Civil Veterinary Dept. Assam report 1911-1927 - 1911-1927
Year: 1911
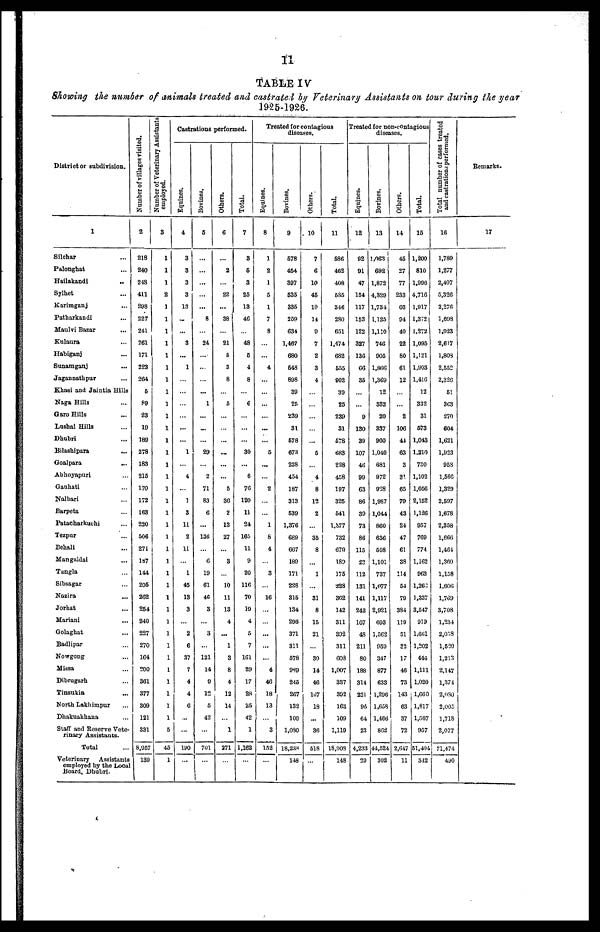
11
TABLE IV
Showing the number of animals treated anil castrated by Veterinary Assistants on tour during the year
1925-1926.
District or subdivision.
1
Silchar ...
Palonghat ...
Hailakandi
..
Sylhet ...
Karimganj ...
Patharkandi ...
Maulvi Bazar ...
Kulaura ...
Habiganj ...
Sunamganj ...
Jagannathpur ...
Khasi and Jaintia Hills
Naga Hills ...
Garo Hills ...
Lushai Hills ...
Dhubri ...
Bilashipara ...
Goalpara
...
Abhoyapuri ...
Gauhati ...
Nolbari ...
Barpeta ...
Patacharkuchi ...
Tezpar ...
Behali ...
Mangaldai ...
Tangla ...
Sibsagar ...
Nazira ...
Jorhat ...
Mariani ...
Golaghat ...
Badlipar ...
Nowgong ...
Missa ...
Dibrugarh ...
Tinsukia ...
North Lakhimpur ...
Dhakuakhana ...
Staff and Reserve Vete-
rinary Assistants.
Total ...
Veterinary
Assistants
employed by the Local
Board, Dhubri.
Number of villages visited.
2
218
240
248
411
298
227
241
261
171
223
264
5
89
23
19
189
278
183
215
170
172
163
220
506
271
187
144
205
262
254
240
227
270
164
200
361
377
309
121
331
8,057
139
Number of Veterinary Assistants
employed.
3
1
1
1
2
1
1
1
1
1
1
1
1
1
1
1
1
1
1
1
1
1
1
1
1
1
1
1
1
1
1
1
1
1
1
1
1
1
1
1
5
45
1
Castrations performed.
Equines.
4
3
3
3
3
13
...
...
3
...
1
...
...
...
...
...
...
1
...
4
...
1
3
11
2
11
...
1
45
13
3
...
2
6
37
7
4
4
6
...
...
190
...
Bovines.
5
...
...
...
...
...
8
...
24
...
...
...
...
1
...
...
...
29
...
2
71
83
6
...
136
...
6
19
61
46
3
...
3
...
121
14
9
12
5
42
...
701
1
Others.
6
...
2
...
22
...
38
...
21
5
3
8
...
5
...
...
...
...
...
...
5
30
2
13
27
...
3
...
10
11
13
4
...
1
3
8
4
12
14
...
1
271
...
Total.
7
3
6
3
25
13
46
...
48
6
4
8
...
6
...
...
...
30
...
6
76
120
11
24
165
11
9
20
116
70
19
4
5
7
161
29
17
28
25
42
1
1,162
...
Treated for contagious
diseases.
Equines.
8
1
2
1
5
1
7
8
...
...
4
...
...
...
...
...
...
5
...
...
2
...
...
1
8
4
...
3
...
16
...
...
...
...
...
4
46
18
13
...
3
152
...
Bovines.
9
578
454
397
535
335
259
634
1,467
680
648
898
39
25
239
31
678
673
228
454
187
313
539
1,376
689
667
189
171
228
315
134
296
371
311
578
989
245
267
132
109
1,080
18,238
148
Others.
10
7
6
10
45
10
14
9
7
2
3
4
...
...
...
...
...
5
...
4
8
12
2
...
35
8
...
1
...
31
8
15
21
...
30
14
46
167
18
...
36
518
...
Total.
11
586
462
408
585
346
280
651
1,474
682
555
902
30
25
239
31
578
683
228
458
197
325
541
1,377
732
679
189
175
228
362
142
311
392
311
603
1,007
337
392
163
109
1,119
18,908
148
Treated for non-contagious
diseases.
Equines.
12
92
91
47
154
117
153
122
327
136
66
35
...
...
9
130
39
107
46
99
63
86
30
73
86
115
22
112
131
141
242
107
48
211
80
188
314
221
90
61
23
4,233
20
Bovines.
13
1,063
692
1,872
4,329
1,734
1,125
1,110
746
905
1,866
1,369
12
332
20
337
960
1,040
681
972
928
1,987
1,044
860
636
508
1,101
737
1,077
1,117
2,921
693
1,562
959
347
877
633
1,296
1,658
1,466
862
44,524
302
Others.
14
45
27
77
233
66
94
40
22
80
61
12
...
...
2
106
44
63
3
31
65
79
43
24
47
61
38
114
54
70
384
1!9
51
32
17
46
73
143
63
37
72
2,647
11
Total.
15
1,200
810
1,996
4,716
1,017
1,372
1.272
1,095
1,121
1,993
1,416
12
332
31
673
1,013
1.210
730
1,102
1,056
2,152
1,126
957
769
774
1,162
963
1,262
1,337
3,547
919
1,661
1,202
444
1,111
1,020
1,660
1,817
1,567
957
51,401
312
Total number of cases treated
and
cast rations performed.
16
1,789
1,277
2,407
5,326
2,276
1,698
1,923
2,617
1,803
2,552
2,326
61
363
270
604
1,621
1,923
958
1,566
1,329
2,597
1,678
2,358
1,666
1,484
1,360
1,158
1,606
1,769
3,708
1,234
2,018
1,620
1,213
2,147
1,374
2,080
2,005
1,718
2,077
71,474
490
Remarks.
17